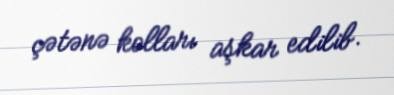
çətənə kolları aşkar edilib.